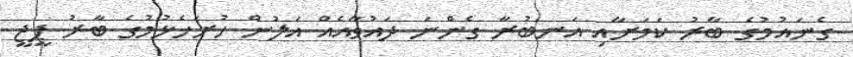
ގެނައުމުގެ ބާރު ކަމަށާއި އަނބުރާ ގެންނަ ދައުވާއެއް އަލުން ހުށަހެޅުމުގެ ބާރު ޕީޖީ